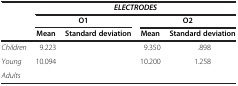
<table><thead><tr><td>[EMPTY_CELL]</td><td colspan="4"><b><i>ELECTRODES</i></b></td></tr><tr><td rowspan="2">[EMPTY_CELL]</td><td colspan="2"><b>O1</b></td><td colspan="2"><b>O2</b></td></tr><tr><td><b>Mean</b></td><td><b>Standard deviation</b></td><td><b>Mean</b></td><td><b>Standard deviation</b></td></tr></thead><tbody><tr><td><i>Children</i></td><td>9.223</td><td>[EMPTY_CELL]</td><td>9.350</td><td>.898</td></tr><tr><td><i>Young</i></td><td rowspan="2">10.094</td><td rowspan="2">[EMPTY_CELL]</td><td rowspan="2">10.200</td><td rowspan="2">1.258</td></tr><tr><td><i>Adults</i></td></tr></tbody></table>